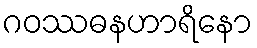
ဂဝဿဓနဟာရိနော